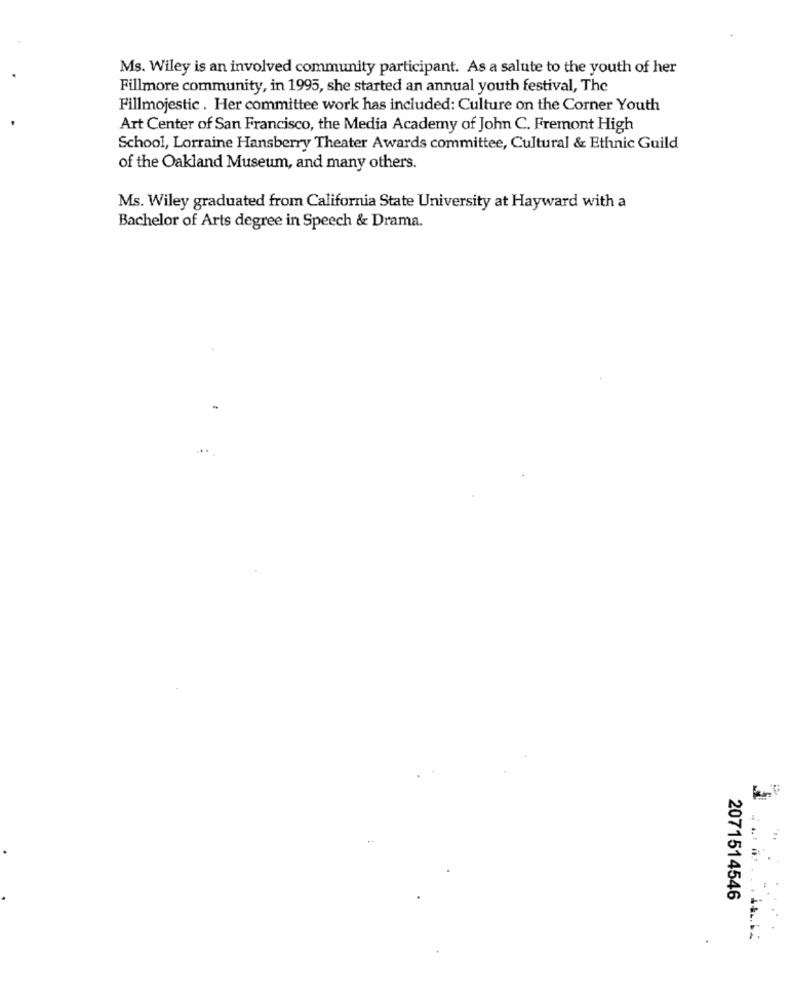
Ms. Wiley is an involved community participant. As a salute to the youth of her
Fillmore community, in 1995, she started an annual youth festival, The
Fillmojestic . Her committee work has included: Culture on the Corner Youth
Art Center of San Francisco, the Media Academy of John C. Fremont High
School, Lorraine Hansberry Theater Awards committee, Cultural & Ethnic Guild
of the Oakland Museum, and many others.
Ms. Wiley graduated from California State University at Hayward with a
Bachelor of Arts degree in Speech & Drama.
=
2071514546